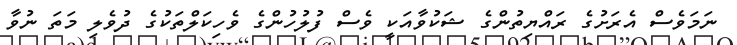
ނަމަވެސް އެރަށުގެ ރައްޔިތުންގެ ޝަކުވާއަކީ ވެސް ފުލުހުންގެ ވެހިކަލްތަކުގެ ދުވެލި މަތަ ނުވާ